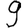
Digit: 9